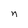
Character: n